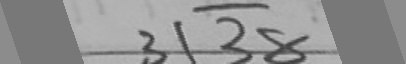
3 \sqrt { 3 8 }